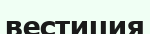
вестиция